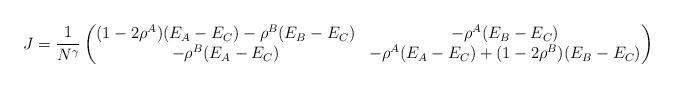
LaTeX: \begin{align*}J=\frac{1}{N^\gamma}\begin{pmatrix}(1-2\rho^{A})(E_{A}-E_{C})-\rho^{B}(E_{B}-E_{C}) & -\rho^{A}(E_{B}-E_{C})\\-\rho^{B}(E_{A}-E_{C}) & -\rho^{A}(E_{A}-E_{C})+(1-2\rho^{B})(E_{B}-E_{C})\end{pmatrix}\end{align*}